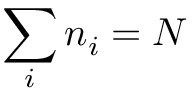
\sum _ { i } n _ { i } = N